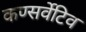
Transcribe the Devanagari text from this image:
कण्सर्वेटिव